system: You are a helpful assistant.
user:
Analyze the provided spectrum to determine if it is a **White Dwarf (WD)**.

A White Dwarf spectrum is defined by its **extreme purity** (due to gravitational settling) and/or **extreme pressure broadening** (due to high surface gravity). You must check for one of the following mutually exclusive signatures:

- **Key Visual Indicators (Check for ONE of these types):**

    - **1. DA-Type Signature (Most Common):**
        - **(Primary Feature):** Extreme pressure broadening (Stark broadening) of the **Hydrogen (H) Balmer lines**.
        - **(Key Lines):** $H\beta$ (approx. $4861$ Å) and $H\gamma$ (approx. $4340$ Å). $H\alpha$ (approx. $6563$ Å) will also be present if the wavelength range covers it.
        - **(Line Profile):** This is the **defining feature**. The lines are **NOT** sharp. They appear as massive, **extremely broad and deep "troughs" or "dips"** in the spectrum, often hundreds of Ångströms wide. The continuum will appear to "scoop" down at these wavelengths.
        - **(Distinction):** Normal A-type or B-type stars have *narrow* and *sharp* Hydrogen lines. A DA White Dwarf's lines are unmistakably "smeared" or "blurry" from pressure.

    - **2. DB-Type Signature:**
        - **(Primary Feature):** Broad absorption lines from **Neutral Helium (He I)**. The spectrum must lack any visible Hydrogen lines.
        - **(Key Lines):** Look for broad absorption near $4471$ Å, $4921$ Å, and $5876$ Å.
        - **(Line Profile):** These lines are also significantly pressure-broadened, appearing much wider than they would in a normal B-type main-sequence star.

    - **3. DC-Type Signature:**
        - **(Primary Feature):** A **featureless continuous spectrum**.
        - **(Line Profile):** The spectrum is a smooth curve with **no significant absorption or emission lines**.
        - **(Key Confirmation):** The continuum is almost always **blue or white**, indicating a hot object. This signature implies the atmosphere is so pure (or so cool) that no spectral lines are visible in the optical range. Its WD identity is confirmed by its extremely low intrinsic brightness (high absolute magnitude).

    - **4. DZ-Type Signature (Metal-Polluted):**
        - **(Primary Feature):** **Isolated, narrow metal absorption lines** on an otherwise featureless (DC-like) continuum.
        - **(Key Lines):** The **Calcium (Ca II) H & K doublet** (approx. **$3934$ Å** and **$3968$ Å**) is the most common and defining feature.
        - **(Line Profile):** These lines are "out of place." They are *not* part of a "forest" of thousands of lines. This signature is evidence of recent *accretion* (pollution) from rocky debris.
        - **(Distinction):** Normal G/K/M stars have a *dense forest* of thousands of metal lines. A DZ has a *clean* continuum with *only a few* strong metal lines.

    - **5. DQ-Type Signature (Carbon-Polluted):**
        - **(Primary Feature):** Absorption bands from **Carbon (C₂ "Swan Bands" or atomic C I)**.
        - **(Key Lines - C₂):** Look for bandheads with a "saw-tooth" shape near $5635$ Å, **$5165$ Å** (strongest), and $4737$ Å.
        - **(Key Confirmation):** The underlying **continuum must be blue or white** (hot).
        - **(Distinction):** This is the critical difference from a **Carbon Star**, which has the *exact same* C₂ bands but on an extremely **red, cool** continuum.

- **(Overall Spectrum):**
    - The continuum (overall shape) is typically **blue-sloping** (brighter in the blue than the red), as most white dwarfs are very hot.
    - The spectrum will look "pure" or "simple," dominated by only *one* of the five signatures listed above.

Think first, call **spectral_visualization_tool** if needed to examine features in detail, then provide your final answer. Your response must adhere to the following strict rules:
1.  **Overall Structure:** Your response must follow the format `<think>...</think> <tool_call>...</tool_call> (if a tool is used) <answer>...</answer>`.
2.  **Tool Usage Constraint:** You may only make **one** tool call per turn.
3.  **Final Answer Format:** In the `<answer>` tag, your conclusion must be inside a `\boxed{}` command (e.g., `\boxed{YES}` or `\boxed{NO}`), followed by your justification.

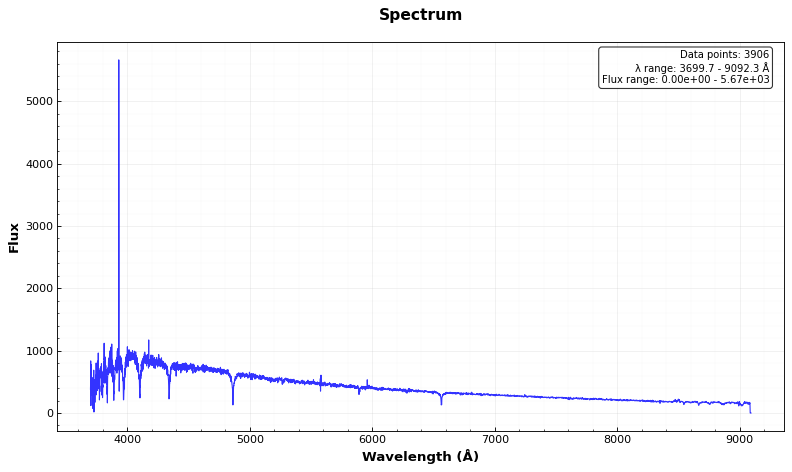
Answer: NO